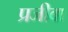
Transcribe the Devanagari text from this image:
प्रजीवा